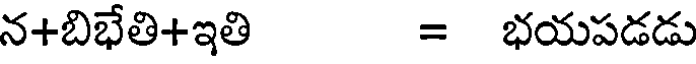
న+బిభేతి+ఇతి = భయపడడు